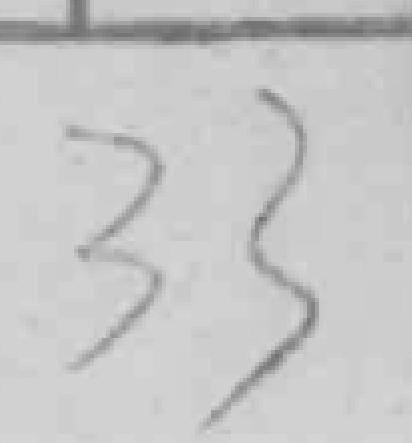
33